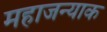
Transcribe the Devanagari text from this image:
महाजन्याक